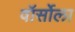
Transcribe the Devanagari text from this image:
वॉर्सोला